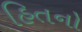
હિતનો